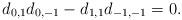
LaTeX: \begin{align*}d_{0,1}d_{0,-1} -d_{1,1}d_{-1,-1}=0.\end{align*}